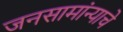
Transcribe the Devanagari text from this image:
जनसामांन्याचे